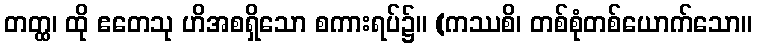
တတ္ထ၊ ထို ဧတေသု ဟိအစရှိသော စကားရပ်၌။ (ကဿစိ၊ တစ်စုံတစ်ယောက်သော။